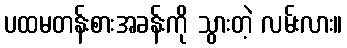
ပထမတန်းစားအခန်းကို သွားတဲ့ လမ်းလား။